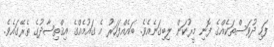
ފަހި ދުވަސްތަކެއްގެ ފޮނި މީރުކަން ލިބިގަނެއެވެ. ބައެއްފަހަރު އެ ގައުމެއްގެ އިޤްތިޞާދުގެ ތެރޭގައެވެ.